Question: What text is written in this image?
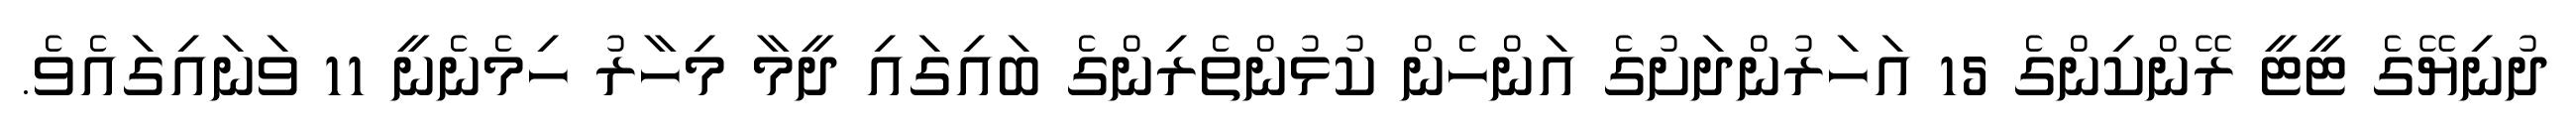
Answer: ދުނިޔޭގެ ޓީޓީ ރޭންކިންގެ 15 އަހަރުންދަށުގެ އަންހެން ކުޅުންތެރިންގެ ބައިގައި ދީމާ މިހާރު ހިމެނެނީ 11 ވަނައިގައެވެ.